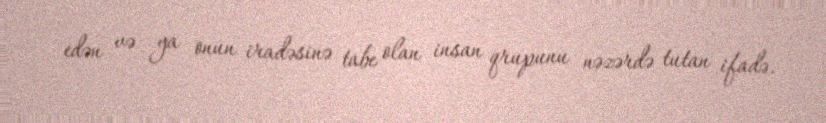
edən və ya onun iradəsinə tabe olan insan qrupunu nəzərdə tutan ifadə.